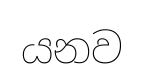
යනව